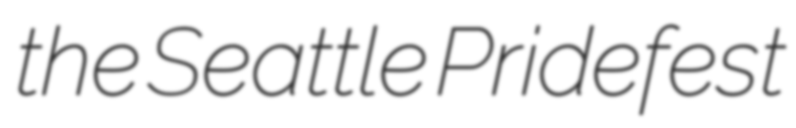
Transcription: the Seattle Pridefest